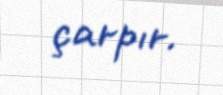
çarpır.